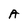
Character: A